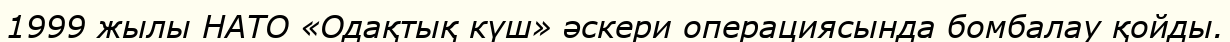
1999 жылы НАТО «Одақтық күш» әскери операциясында бомбалау қойды.